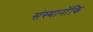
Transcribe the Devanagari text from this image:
संस्थानोंकि